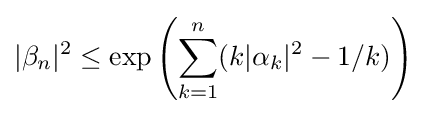
|\beta _{n}|^{2}\leq \exp \left(\sum _{k=1}^{n}(k|\alpha _{k}|^{2}-1/k)\right)